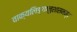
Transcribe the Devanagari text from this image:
वाक्यलिङ्गानुशासनम्।